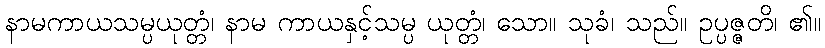
နာမကာယသမ္ပယုတ္တံ၊ နာမ ကာယနှင့်သမ္ပ ယုတ္တံ၊ သော။ သုခံ၊ သည်။ ဥပ္ပဇ္ဇတိ၊ ၏။